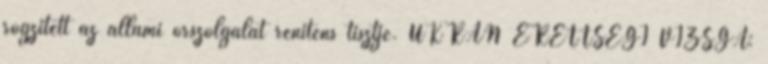
rögzített az állami őrszolgálat renitens tisztje. UKRÁN ÉRETTSÉGI VIZSGA: